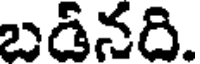
బడినది.